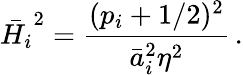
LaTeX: \bar{H_{i}}^{2}=\frac{(p_{i}+1/2)^{2}}{\bar{a}_{i}^{2}\eta^{2}}\, .